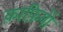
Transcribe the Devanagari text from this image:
क़ाफ़ियों